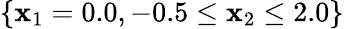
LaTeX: \{ \mathbf{x}_{1}=0.0,-0.5\leq\mathbf{x}_{2}\leq2.0\}